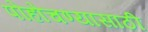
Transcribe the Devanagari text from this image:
पोहोचण्‍यासाठी